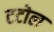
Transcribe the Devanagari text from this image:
टटोल